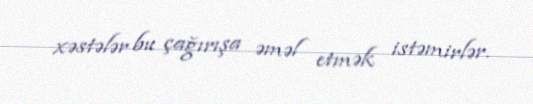
xəstələr bu çağırışa əməl etmək istəmirlər.